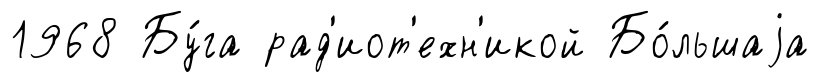
1968 Бу́га рад'иот'ехн'икой Бо́льшаjа